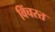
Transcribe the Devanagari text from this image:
विंचरत